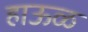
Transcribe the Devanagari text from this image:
हाऊळ